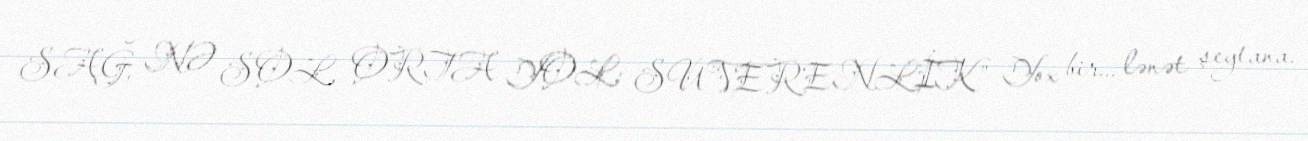
SAĞ, NƏ SOL, ORTA YOL: SUVERENLİK” Yox bir... lənət şeytana.